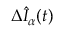
\Delta \hat { I } _ { \alpha } ( t )